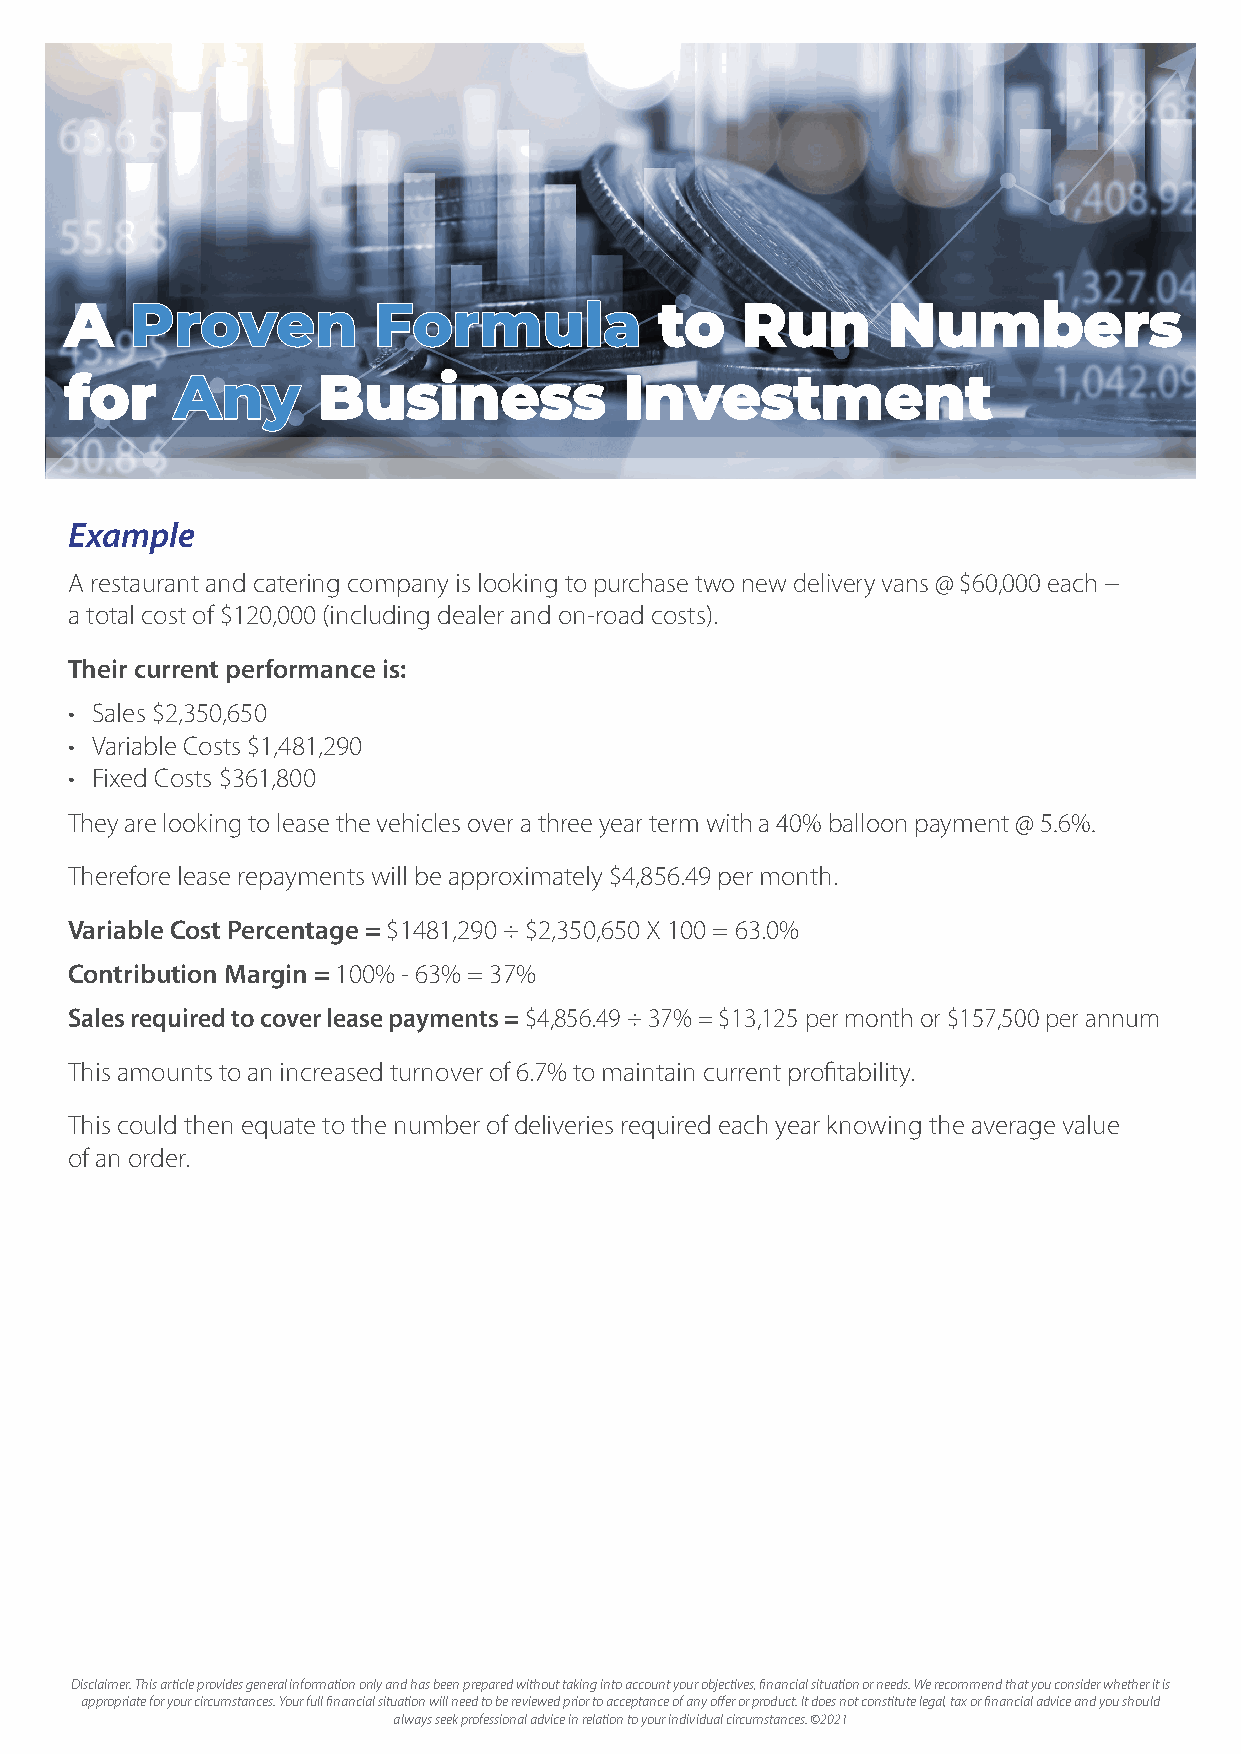
AA   PPrroovveenn    FFoorrmmuullaa     ttoo RRuunn    NNuummbbeerrss
 ffoorr  AAnnyy   BBuussiinneessss    IInnvveessttmmeenntt
 Example
 A restaurant and catering company is looking to purchase two new delivery vans @ $60,000 each −
 a total cost of $120,000 (including dealer and on-road costs).
 Their current performance is:
 • Sales $2,350,650
 • Variable Costs $1,481,290
 • Fixed Costs $361,800
 They are looking to lease the vehicles over a three year term with a 40% balloon payment @ 5.6%.
 Therefore lease repayments will be approximately $4,856.49 per month.
 Variable Cost Percentage = $1481,290 ÷ $2,350,650 X 100 = 63.0%
 Contribution Margin = 100% - 63% = 37%
 Sales required to cover lease payments = $4,856.49 ÷ 37% = $13,125 per month or $157,500 per annum
 This amounts to an increased turnover of 6.7% to maintain current profitability.
 This could then equate to the number of deliveries required each year knowing the average value
 of an order.
 Disclaimer: This article provides general information only and has been prepared without taking into account your objectives, financial situation or needs. We recommend that you consider whether it is
 appropriate for your circumstances. Your full financial situation will need to be reviewed prior to acceptance of any offer or product. It does not constitute legal, tax or financial advice and you should
 always seek professional advice in relation to your individual circumstances. ©2021